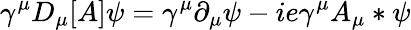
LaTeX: \gamma^{\mu}D_{\mu}[A]\psi=\gamma^{\mu}\partial_{\mu}\psi-ie\gamma^{\mu}A_{\mu}*\psi